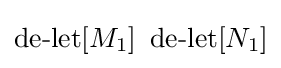
\operatorname {de-let} [M_{1}]\ \operatorname {de-let} [N_{1}]